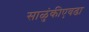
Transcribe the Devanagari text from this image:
साळुंकीएवढा